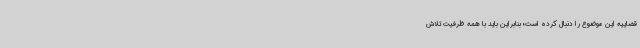
قضاییه این موضوع را دنبال کرده است؛ بنابراین باید با همه ظرفیت تلاش